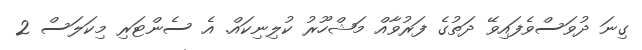
ގިނަ ދުވަސްވެފައިވޭ ދަތުގެ ފަރުވާއް މަޝްހޫރު ކުލިނިކައް. އެ ސެންޓަރި މިކަލަސް 2